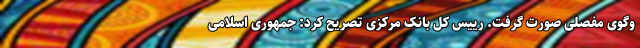
وگوی مفصلی صورت گرفت. رییس کل بانک مرکزی تصریح کرد: جمهوری اسلامی